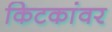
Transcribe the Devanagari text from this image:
किटकांवर